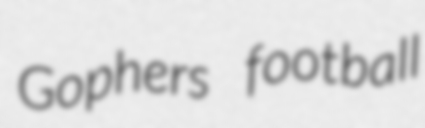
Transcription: Gophers football